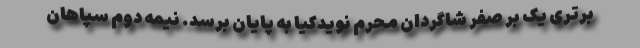
برتری یک بر صفر شاگردان محرم نویدکیا به پایان برسد. نیمه دوم سپاهان